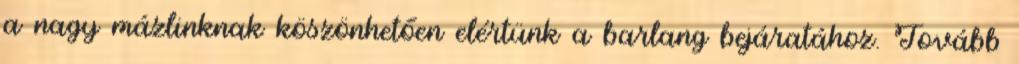
a nagy mázlinknak köszönhetően elértünk a barlang bejáratához. Tovább